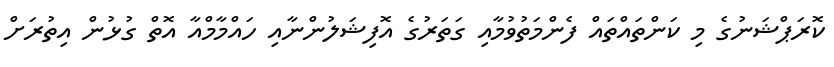
ކޮރަޕްޝަނުގެ މި ކަންތައްތައް ފެންމަތުވުމާއި ގަތަރުގެ އޮފިޝަލުންނާއި ހައްމާމްއާ އޮތް ގުޅުން އިތުރަށް